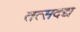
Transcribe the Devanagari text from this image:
तत्सदद्य